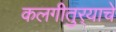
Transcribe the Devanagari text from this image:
कलगीतुर्‍याचे